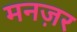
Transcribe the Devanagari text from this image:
मनज़र